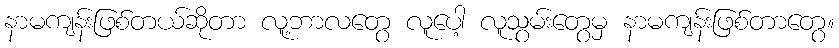
နာမကျန်းဖြစ်တယ်ဆိုတာ လူ့ဘာလတွေ လူပေါ့ လူသွမ်းတွေမှ နာမကျန်းဖြစ်တာတွေ။